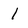
Character: 1